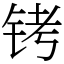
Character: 铐